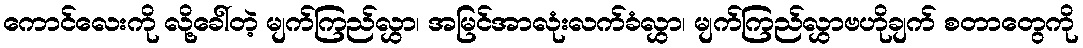
ကောင်လေးကို လို့ခေါ်တဲ့ မျက်ကြည်လွှာ၊ အမြင်အာလုံးလက်ခံလွှာ၊ မျက်ကြည်လွှာဗဟိုချက် စတာတွေကို